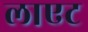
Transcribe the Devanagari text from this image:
लाएट